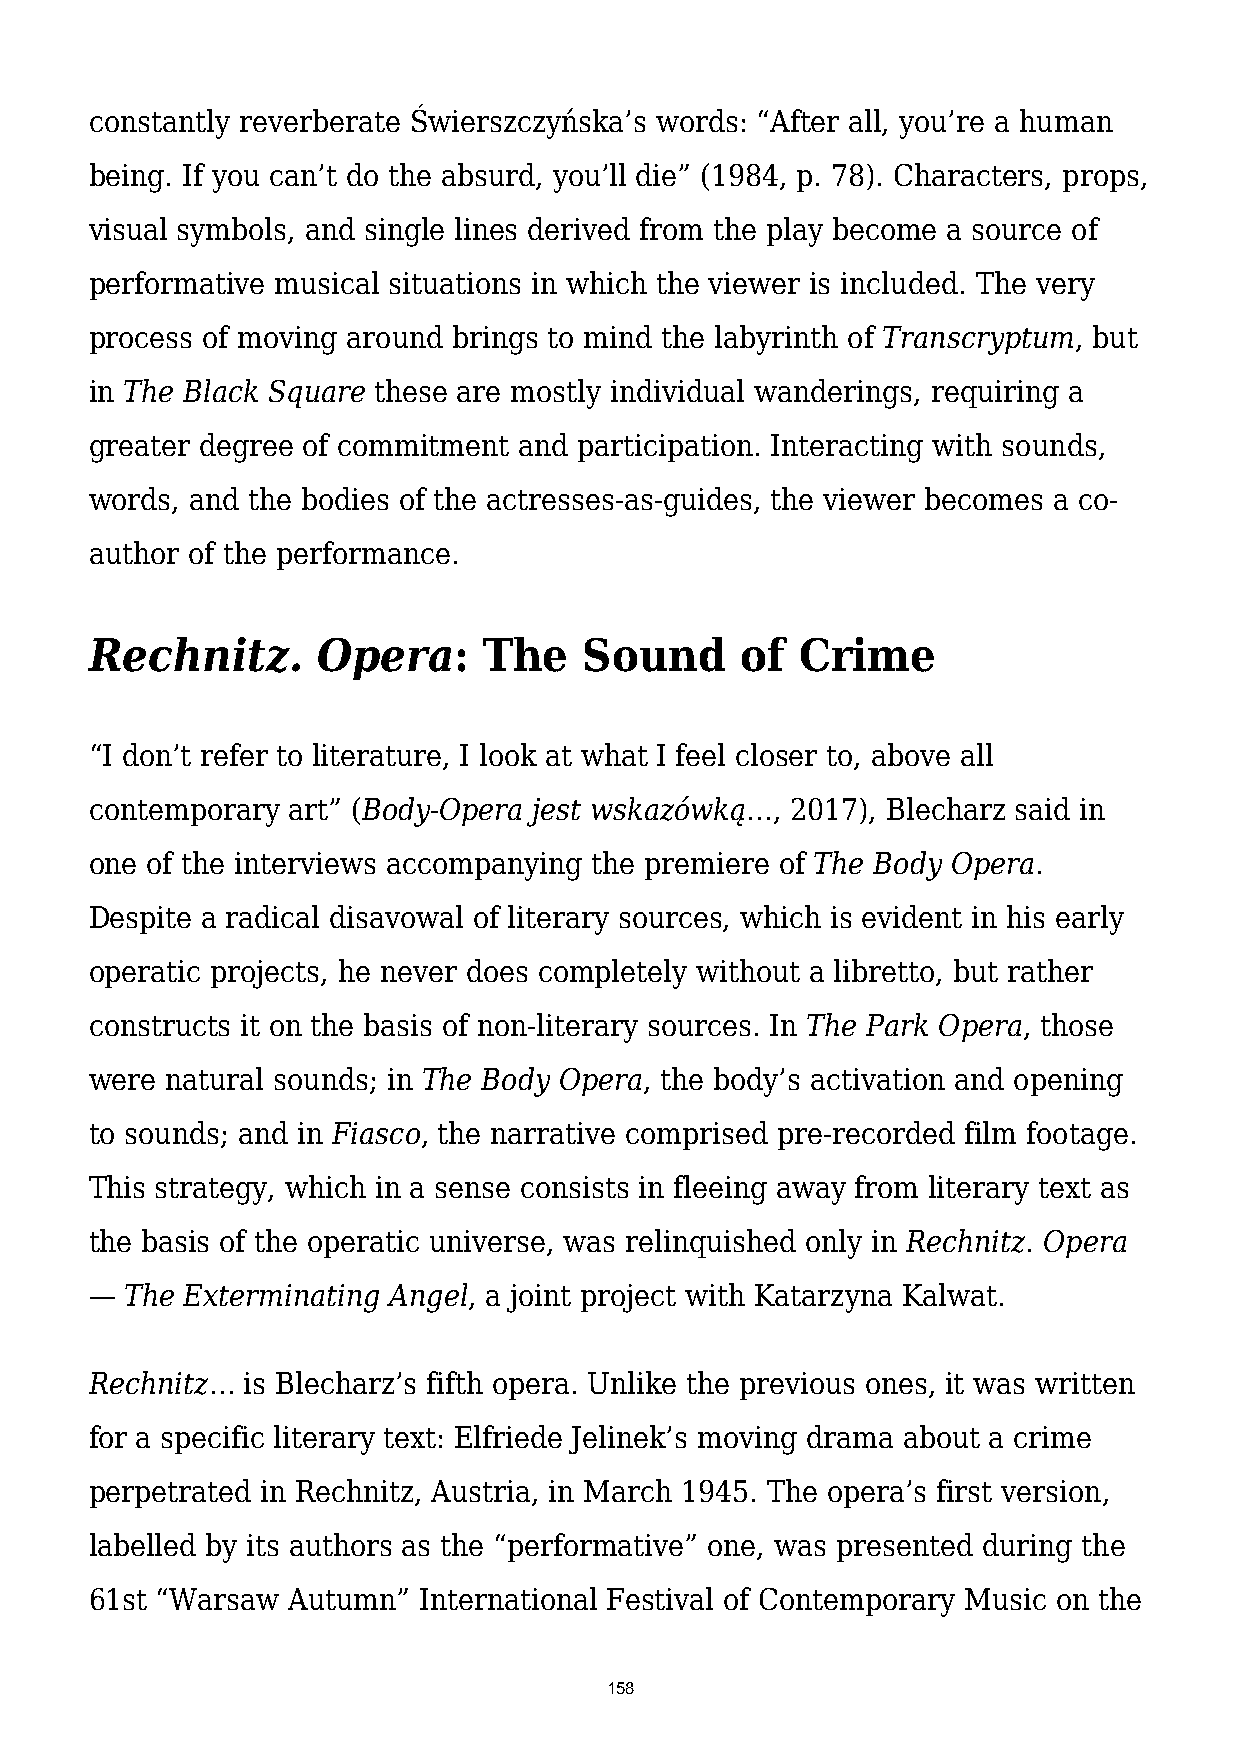
constantly reverberate Świerszczyńska’s words: “After all, you’re a human
 being. If you can’t do the absurd, you’ll die” (1984, p. 78). Characters, props,
 visual symbols, and single lines derived from the play become a source of
 performative musical situations in which the viewer is included. The very
 process of moving around brings to mind the labyrinth of Transcryptum, but
 in The Black Square these are mostly individual wanderings, requiring a
 greater degree of commitment and participation. Interacting with sounds,
 words, and the bodies of the actresses-as-guides, the viewer becomes a co-
 author of the performance.
 Rechnitz.      Opera:     The    Sound     of  Crime
 “I don’t refer to literature, I look at what I feel closer to, above all
 contemporary art” (Body-Opera jest wskazówką…, 2017), Blecharz said in
 one of the interviews accompanying the premiere of The Body Opera.
 Despite a radical disavowal of literary sources, which is evident in his early
 operatic projects, he never does completely without a libretto, but rather
 constructs it on the basis of non-literary sources. In The Park Opera, those
 were natural sounds; in The Body Opera, the body’s activation and opening
 to sounds; and in Fiasco, the narrative comprised pre-recorded film footage.
 This strategy, which in a sense consists in fleeing away from literary text as
 the basis of the operatic universe, was relinquished only in Rechnitz. Opera
 — The Exterminating Angel, a joint project with Katarzyna Kalwat.
 Rechnitz… is Blecharz’s fifth opera. Unlike the previous ones, it was written
 for a specific literary text: Elfriede Jelinek’s moving drama about a crime
 perpetrated in Rechnitz, Austria, in March 1945. The opera’s first version,
 labelled by its authors as the “performative” one, was presented during the
 61st “Warsaw Autumn”  International Festival of Contemporary Music on the
 158